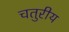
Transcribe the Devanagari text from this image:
चतुरीय